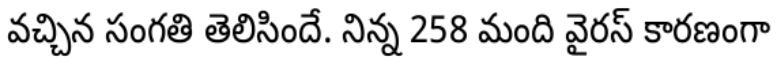
వచ్చిన సంగతి తెలిసిందే. నిన్న 258 మంది వైరస్ కారణంగా